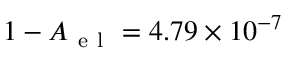
1 - A _ { \mathrm { ~ e ~ l ~ } } = 4 . 7 9 \times 1 0 ^ { - 7 }